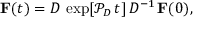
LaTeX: \mathbf { F } ( t ) = D \, \exp [ \mathcal { P } _ { D } \, t ] \, D ^ { - 1 } \, \mathbf { F } ( 0 ) ,